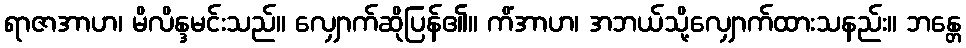
ရာဇာအာဟ၊ မိလိန္ဒမင်းသည်။ လျှောက်ဆိုပြန်၏။ ကိံအာဟ၊ အဘယ်သို့လျှောက်ထားသနည်း။ ဘန္တေ